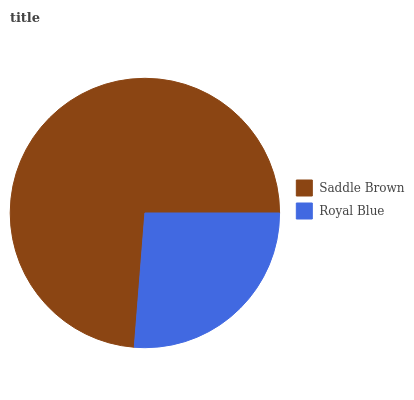
| Saddle Brown | Royal Blue |
 | --- | --- |
 | 73.7% | 26.3% |